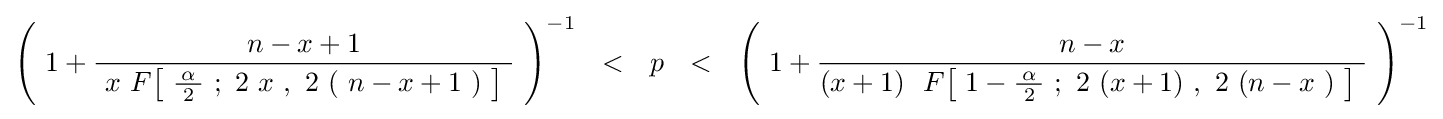
\left(\ 1+{\frac {\ n-x+1\ }{\ x\ F\!\left[\ {\tfrac {\!\ \alpha \!\ }{2}}\ ;\ 2\ x\ ,\ 2\ (\ n-x+1\ )\ \right]\ }}\ \right)^{-1}~~<~~p~~<~~\left(\ 1+{\frac {\ n-x\ }{(x+1)\ \ F\!\left[\ 1-{\tfrac {\!\ \alpha \!\ }{2}}\ ;\ 2\ (x+1)\ ,\ 2\ (n-x\ )\ \right]\ }}\ \right)^{-1}